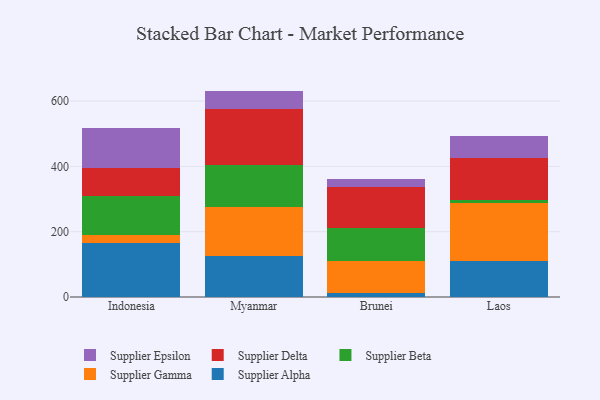
{"axis": {"x": "Country", "y": "Population (Million)"}, "legend": ["Supplier Alpha", "Supplier Beta", "Supplier Delta", "Supplier Epsilon", "Supplier Gamma"], "data": [{"x": "Indonesia", "y": 164.7, "type": "Supplier Alpha"}, {"x": "Indonesia", "y": 23.8, "type": "Supplier Gamma"}, {"x": "Indonesia", "y": 119.7, "type": "Supplier Beta"}, {"x": "Indonesia", "y": 87.5, "type": "Supplier Delta"}, {"x": "Indonesia", "y": 122.5, "type": "Supplier Epsilon"}, {"x": "Myanmar", "y": 126.8, "type": "Supplier Alpha"}, {"x": "Myanmar", "y": 149.7, "type": "Supplier Gamma"}, {"x": "Myanmar", "y": 128.8, "type": "Supplier Beta"}, {"x": "Myanmar", "y": 170.5, "type": "Supplier Delta"}, {"x": "Myanmar", "y": 55.6, "type": "Supplier Epsilon"}, {"x": "Brunei", "y": 13.2, "type": "Supplier Alpha"}, {"x": "Brunei", "y": 96.0, "type": "Supplier Gamma"}, {"x": "Brunei", "y": 101.5, "type": "Supplier Beta"}, {"x": "Brunei", "y": 126.0, "type": "Supplier Delta"}, {"x": "Brunei", "y": 25.0, "type": "Supplier Epsilon"}, {"x": "Laos", "y": 109.8, "type": "Supplier Alpha"}, {"x": "Laos", "y": 178.5, "type": "Supplier Gamma"}, {"x": "Laos", "y": 10.2, "type": "Supplier Beta"}, {"x": "Laos", "y": 126.6, "type": "Supplier Delta"}, {"x": "Laos", "y": 67.3, "type": "Supplier Epsilon"}]}